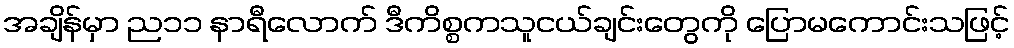
အချိန်မှာ ည၁၁ နာရီလောက် ဒီကိစ္စကသူငယ်ချင်းတွေကို ပြောမကောင်းသဖြင့်